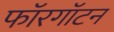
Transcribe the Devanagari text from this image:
फॉरगॉटन